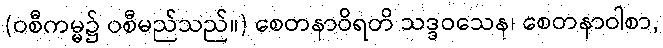
(ဝစီကမ္မ၌ ဝစီမည်သည်။) စေတနာဝိရတိ သဒ္ဒဝသေန၊ စေတနာဝါစာ,